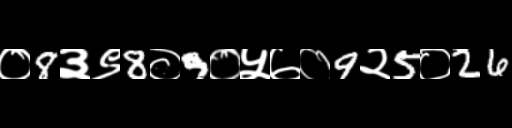
Text: ०8३९8०9०५७०9२5०26